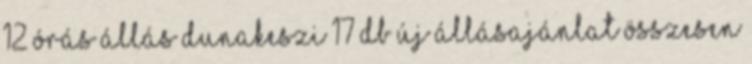
12 órás állás Dunakeszi 17 db új állásajánlat Összesen